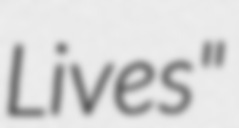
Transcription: Lives"